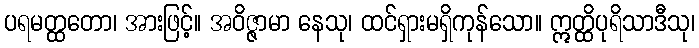
ပရမတ္ထတော၊ အားဖြင့်။ အဝိဇ္ဇာမာ နေသု၊ ထင်ရှားမရှိကုန်သော။ ဣတ္ထိပုရိသာဒီသု၊